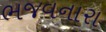
ભજવનારા